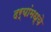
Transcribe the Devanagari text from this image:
दर्‍यांमध्ये